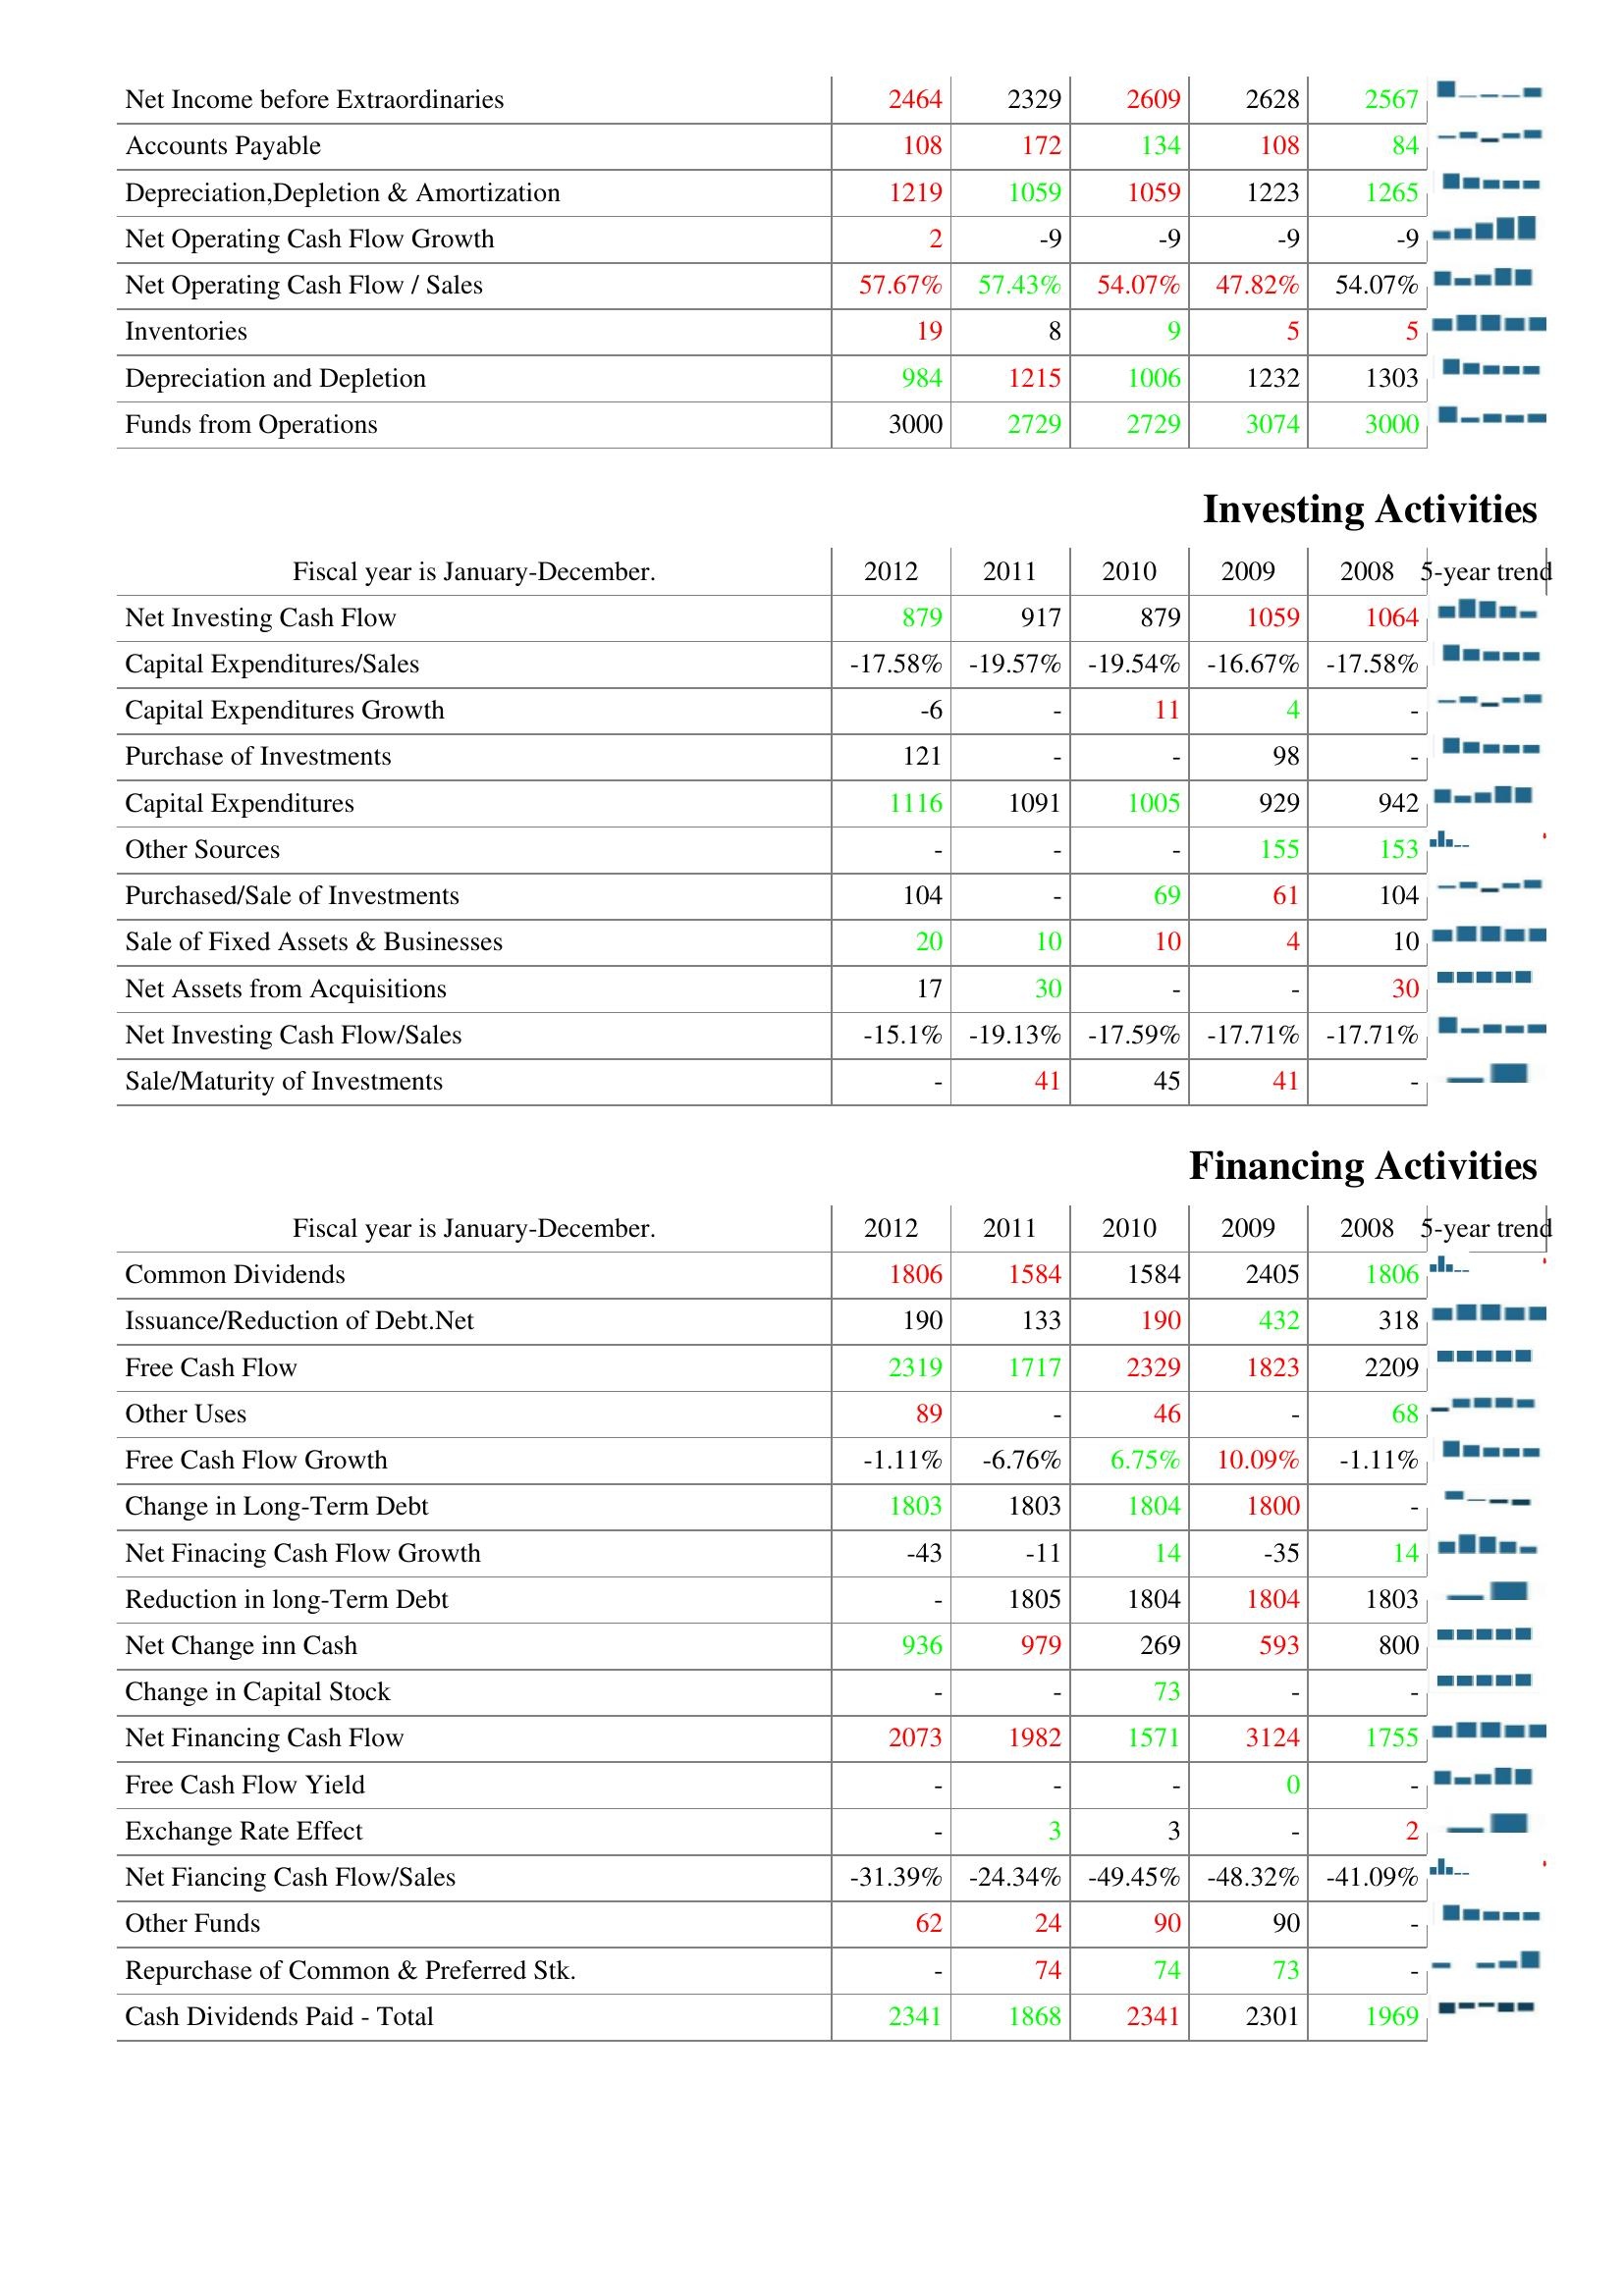
2012: Operating Activities: Net Income before Extraordinaries: 2464
Accounts Payable: 108
Depreciation,Depletion & Amortization: 1219
Net Operating Cash Flow Growth: 2
Net Operating Cash Flow / Sales: 57.67%
Inventories: 19
Depreciation and Depletion: 984
Funds from Operations: 3000
Investing Activities: Net Investing Cash Flow: 879
Capital Expenditures/Sales: -17.58%
Capital Expenditures Growth: -6
Purchase of Investments: 121
Capital Expenditures: 1116
Other Sources: -
Purchased/Sale of Investments: 104
Sale of Fixed Assets & Businesses: 20
Net Assets from Acquisitions: 17
Net Investing Cash Flow/Sales: -15.1%
Sale/Maturity of Investments: -
Financing Activities: Common Dividends: 1806
Issuance/Reduction of Debt.Net: 190
Free Cash Flow: 2319
Other Uses: 89
Free Cash Flow Growth: -1.11%
Change in Long-Term Debt: 1803
Net Finacing Cash Flow Growth: -43
Reduction in long-Term Debt: -
Net Change inn Cash: 936
Change in Capital Stock: -
Net Financing Cash Flow: 2073
Free Cash Flow Yield: -
Exchange Rate Effect: -
Net Fiancing Cash Flow/Sales: -31.39%
Other Funds: 62
Repurchase of Common & Preferred Stk.: -
Cash Dividends Paid - Total: 2341
2011: Operating Activities: Net Income before Extraordinaries: 2329
Accounts Payable: 172
Depreciation,Depletion & Amortization: 1059
Net Operating Cash Flow Growth: -9
Net Operating Cash Flow / Sales: 57.43%
Inventories: 8
Depreciation and Depletion: 1215
Funds from Operations: 2729
Investing Activities: Net Investing Cash Flow: 917
Capital Expenditures/Sales: -19.57%
Capital Expenditures Growth: -
Purchase of Investments: -
Capital Expenditures: 1091
Other Sources: -
Purchased/Sale of Investments: -
Sale of Fixed Assets & Businesses: 10
Net Assets from Acquisitions: 30
Net Investing Cash Flow/Sales: -19.13%
Sale/Maturity of Investments: 41
Financing Activities: Common Dividends: 1584
Issuance/Reduction of Debt.Net: 133
Free Cash Flow: 1717
Other Uses: -
Free Cash Flow Growth: -6.76%
Change in Long-Term Debt: 1803
Net Finacing Cash Flow Growth: -11
Reduction in long-Term Debt: 1805
Net Change inn Cash: 979
Change in Capital Stock: -
Net Financing Cash Flow: 1982
Free Cash Flow Yield: -
Exchange Rate Effect: 3
Net Fiancing Cash Flow/Sales: -24.34%
Other Funds: 24
Repurchase of Common & Preferred Stk.: 74
Cash Dividends Paid - Total: 1868
2010: Operating Activities: Net Income before Extraordinaries: 2609
Accounts Payable: 134
Depreciation,Depletion & Amortization: 1059
Net Operating Cash Flow Growth: -9
Net Operating Cash Flow / Sales: 54.07%
Inventories: 9
Depreciation and Depletion: 1006
Funds from Operations: 2729
Investing Activities: Net Investing Cash Flow: 879
Capital Expenditures/Sales: -19.54%
Capital Expenditures Growth: 11
Purchase of Investments: -
Capital Expenditures: 1005
Other Sources: -
Purchased/Sale of Investments: 69
Sale of Fixed Assets & Businesses: 10
Net Assets from Acquisitions: -
Net Investing Cash Flow/Sales: -17.59%
Sale/Maturity of Investments: 45
Financing Activities: Common Dividends: 1584
Issuance/Reduction of Debt.Net: 190
Free Cash Flow: 2329
Other Uses: 46
Free Cash Flow Growth: 6.75%
Change in Long-Term Debt: 1804
Net Finacing Cash Flow Growth: 14
Reduction in long-Term Debt: 1804
Net Change inn Cash: 269
Change in Capital Stock: 73
Net Financing Cash Flow: 1571
Free Cash Flow Yield: -
Exchange Rate Effect: 3
Net Fiancing Cash Flow/Sales: -49.45%
Other Funds: 90
Repurchase of Common & Preferred Stk.: 74
Cash Dividends Paid - Total: 2341
2009: Operating Activities: Net Income before Extraordinaries: 2628
Accounts Payable: 108
Depreciation,Depletion & Amortization: 1223
Net Operating Cash Flow Growth: -9
Net Operating Cash Flow / Sales: 47.82%
Inventories: 5
Depreciation and Depletion: 1232
Funds from Operations: 3074
Investing Activities: Net Investing Cash Flow: 1059
Capital Expenditures/Sales: -16.67%
Capital Expenditures Growth: 4
Purchase of Investments: 98
Capital Expenditures: 929
Other Sources: 155
Purchased/Sale of Investments: 61
Sale of Fixed Assets & Businesses: 4
Net Assets from Acquisitions: -
Net Investing Cash Flow/Sales: -17.71%
Sale/Maturity of Investments: 41
Financing Activities: Common Dividends: 2405
Issuance/Reduction of Debt.Net: 432
Free Cash Flow: 1823
Other Uses: -
Free Cash Flow Growth: 10.09%
Change in Long-Term Debt: 1800
Net Finacing Cash Flow Growth: -35
Reduction in long-Term Debt: 1804
Net Change inn Cash: 593
Change in Capital Stock: -
Net Financing Cash Flow: 3124
Free Cash Flow Yield: 0
Exchange Rate Effect: -
Net Fiancing Cash Flow/Sales: -48.32%
Other Funds: 90
Repurchase of Common & Preferred Stk.: 73
Cash Dividends Paid - Total: 2301
2008: Operating Activities: Net Income before Extraordinaries: 2567
Accounts Payable: 84
Depreciation,Depletion & Amortization: 1265
Net Operating Cash Flow Growth: -9
Net Operating Cash Flow / Sales: 54.07%
Inventories: 5
Depreciation and Depletion: 1303
Funds from Operations: 3000
Investing Activities: Net Investing Cash Flow: 1064
Capital Expenditures/Sales: -17.58%
Capital Expenditures Growth: -
Purchase of Investments: -
Capital Expenditures: 942
Other Sources: 153
Purchased/Sale of Investments: 104
Sale of Fixed Assets & Businesses: 10
Net Assets from Acquisitions: 30
Net Investing Cash Flow/Sales: -17.71%
Sale/Maturity of Investments: -
Financing Activities: Common Dividends: 1806
Issuance/Reduction of Debt.Net: 318
Free Cash Flow: 2209
Other Uses: 68
Free Cash Flow Growth: -1.11%
Change in Long-Term Debt: -
Net Finacing Cash Flow Growth: 14
Reduction in long-Term Debt: 1803
Net Change inn Cash: 800
Change in Capital Stock: -
Net Financing Cash Flow: 1755
Free Cash Flow Yield: -
Exchange Rate Effect: 2
Net Fiancing Cash Flow/Sales: -41.09%
Other Funds: -
Repurchase of Common & Preferred Stk.: -
Cash Dividends Paid - Total: 1969